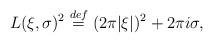
LaTeX: \begin{align*}L(\xi,\sigma)^2 \overset{def}{=} (2\pi |\xi|)^2 + 2\pi i \sigma,\end{align*}